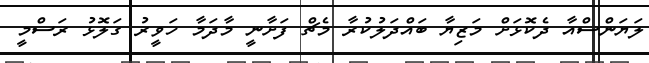
ލަޔަންސްއާ ދެކޮޅަށް މަޒިޔާ ބައްދަލުކުރާ މެޗް ފަށާނީ މާދަމާ ހަވީރު ގަލޮޅު ރަސްމީ